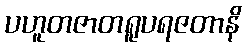
ပဟူတဇာတရူပရဇတာနိ